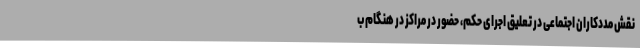
نقش مددکاران اجتماعی در تعلیق اجرای حکم، حضور در مراکز در هنگام ب